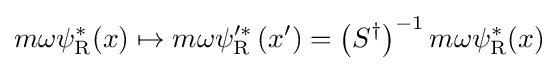
m\omega \psi _{\rm {R}}^{*}(x)\mapsto m\omega \psi _{\rm {R}}^{\prime *}\left(x^{\prime }\right)=\left(S^{\dagger }\right)^{-1}m\omega \psi _{\rm {R}}^{*}(x)